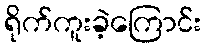
ရိုက်ကူးခဲ့ကြောင်း